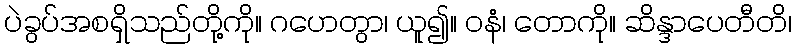
ပဲခွပ်အစရှိသည်တို့ကို။ ဂဟေတွာ၊ ယူ၍။ ဝနံ၊ တောကို။ ဆိန္ဒာပေတီတိ၊